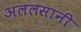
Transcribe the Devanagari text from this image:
अललसानी